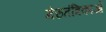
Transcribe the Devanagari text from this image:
मेरुतंत्रिकाओं